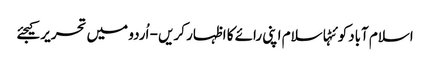
اسلام آبادکوئٹہاسلام اپنی رائے کا اظہار کریں - اُردو میں تحریر کیجئے